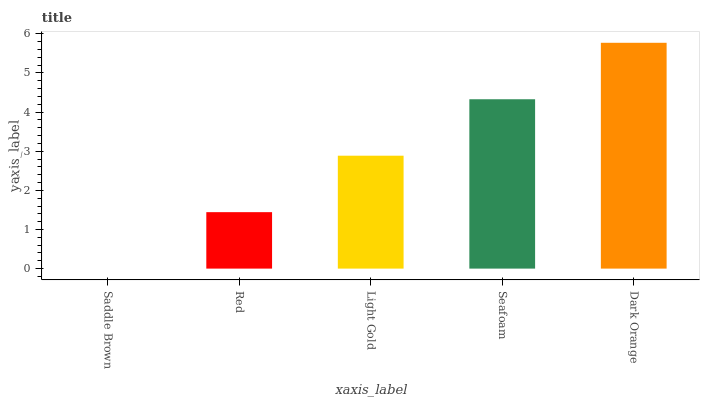
| xaxis_label | bars |
 | --- | --- |
 | Saddle Brown | 0 |
 | Red | 1.44 |
 | Light Gold | 2.89 |
 | Seafoam | 4.33 |
 | Dark Orange | 5.77 |